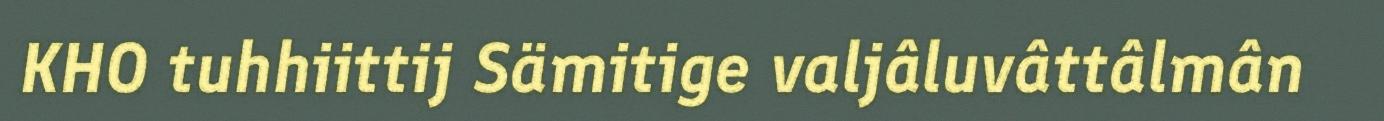
KHO tuhhiittij Sämitige valjâluvâttâlmân